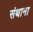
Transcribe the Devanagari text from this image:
संथाना